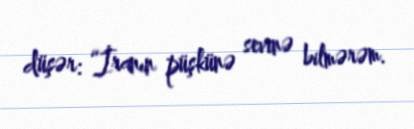
düşər: “İranın püşkünə sevinə bilmərəm.